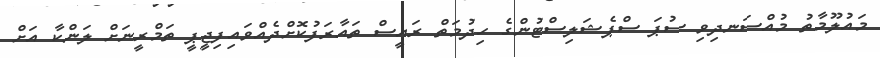
މައުލޫމާތު މުއްސަނދިވި ސުޕަ ސްޕެޝަލިސްޓުންގެ ހިދުމަތް ރައީސް ތައާރަފުކޮށްދެއްވައިފިޖީޕީ ތަމްރީނަށް ލަންކާ އަށް